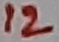
Text: 12